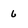
Character: 6